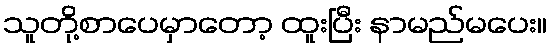
သူတို့စာပေမှာတော့ ထူးပြီး နာမည်မပေး။